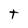
Character: t